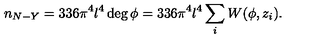
n _ { N - Y } = 3 3 6 \pi ^ { 4 } l ^ { 4 } \deg \phi = 3 3 6 \pi ^ { 4 } l ^ { 4 } \sum _ { i } W ( \phi , z _ { i } ) .